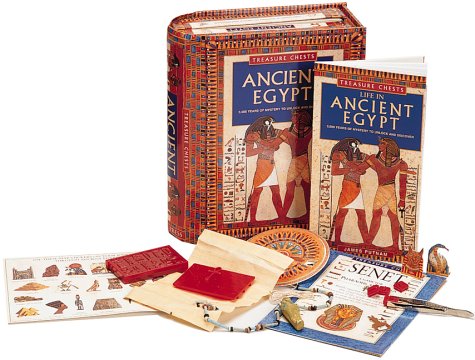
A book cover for Ancient Egypt: Start Exploring (Working for Myself); George Hart; Children's Books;